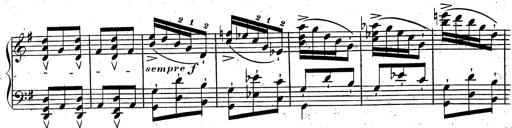
Title: Rondeau fantastique sur un thÃ¨me espagnol
Composer: Franz Liszt